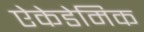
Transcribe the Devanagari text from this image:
ऐकेडेमिक